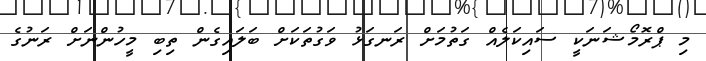
މި ޕްރޮމޯޝަނަކީ ސައިކަލެއް ގަތުމަށް ރަނގަޅު ވަގުތަކަށް ބަލައިގެން ތިބި މީހުންނަށް ރަނުގެ